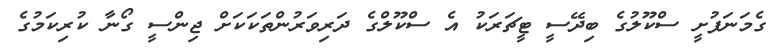
ގެމަނަފުށީ ސްކޫލުގެ ބިދޭސީ ޓީޗަރަކު އެ ސްކޫލްގެ ދަރިވަރުންތަކަކަށް ޖިންސީ ގޯނާ ކުރިކަމުގެ